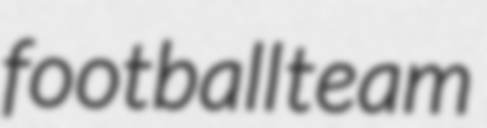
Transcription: football team